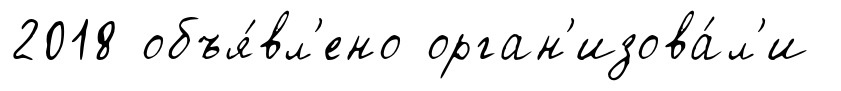
2018 объя́вл'ено орган'изова́л'и